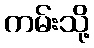
ကမ်းသို့